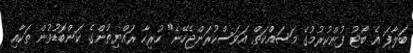
ބަލާފަ އެ ބޯޓު ފުންކުރުމުގެ މަސައްކަތް އަވަސްކުރަންޖެހޭނެ" ހުރިހާ ރައްޔިތުންގެ ކަންބޮޑުވުން ތަކާއި